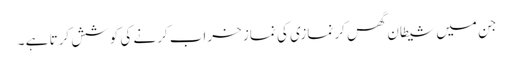
جن میں شیطان گھس کر نمازی کی نماز خراب کرنے کی کوشش کرتا ہے ۔